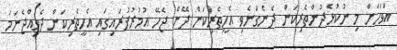
އަވަހަށް މި ނުކުޅެދުންތެރިކަން ދެނެގަނެވި އެހީތެރިކަން ދޭން ޖެހޭ އުމުރުފުރައިގައި އެހީތެރިކަން ދެވިއްޖެނަމަ